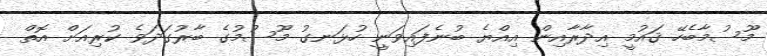
މޫސުމާބެހޭ ޤައުމީ އިދާރާއިން އިއްޔެ ބުނެފައިވަނީ ހުޅަނގު މޫސުމުގެ ބާރުގަދަވެ ކުރިއަށް އޮތް